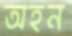
অহন